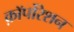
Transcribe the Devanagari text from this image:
क़ाॅर्पोरेशन